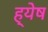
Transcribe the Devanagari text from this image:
ह्येष